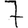
Digit: 7